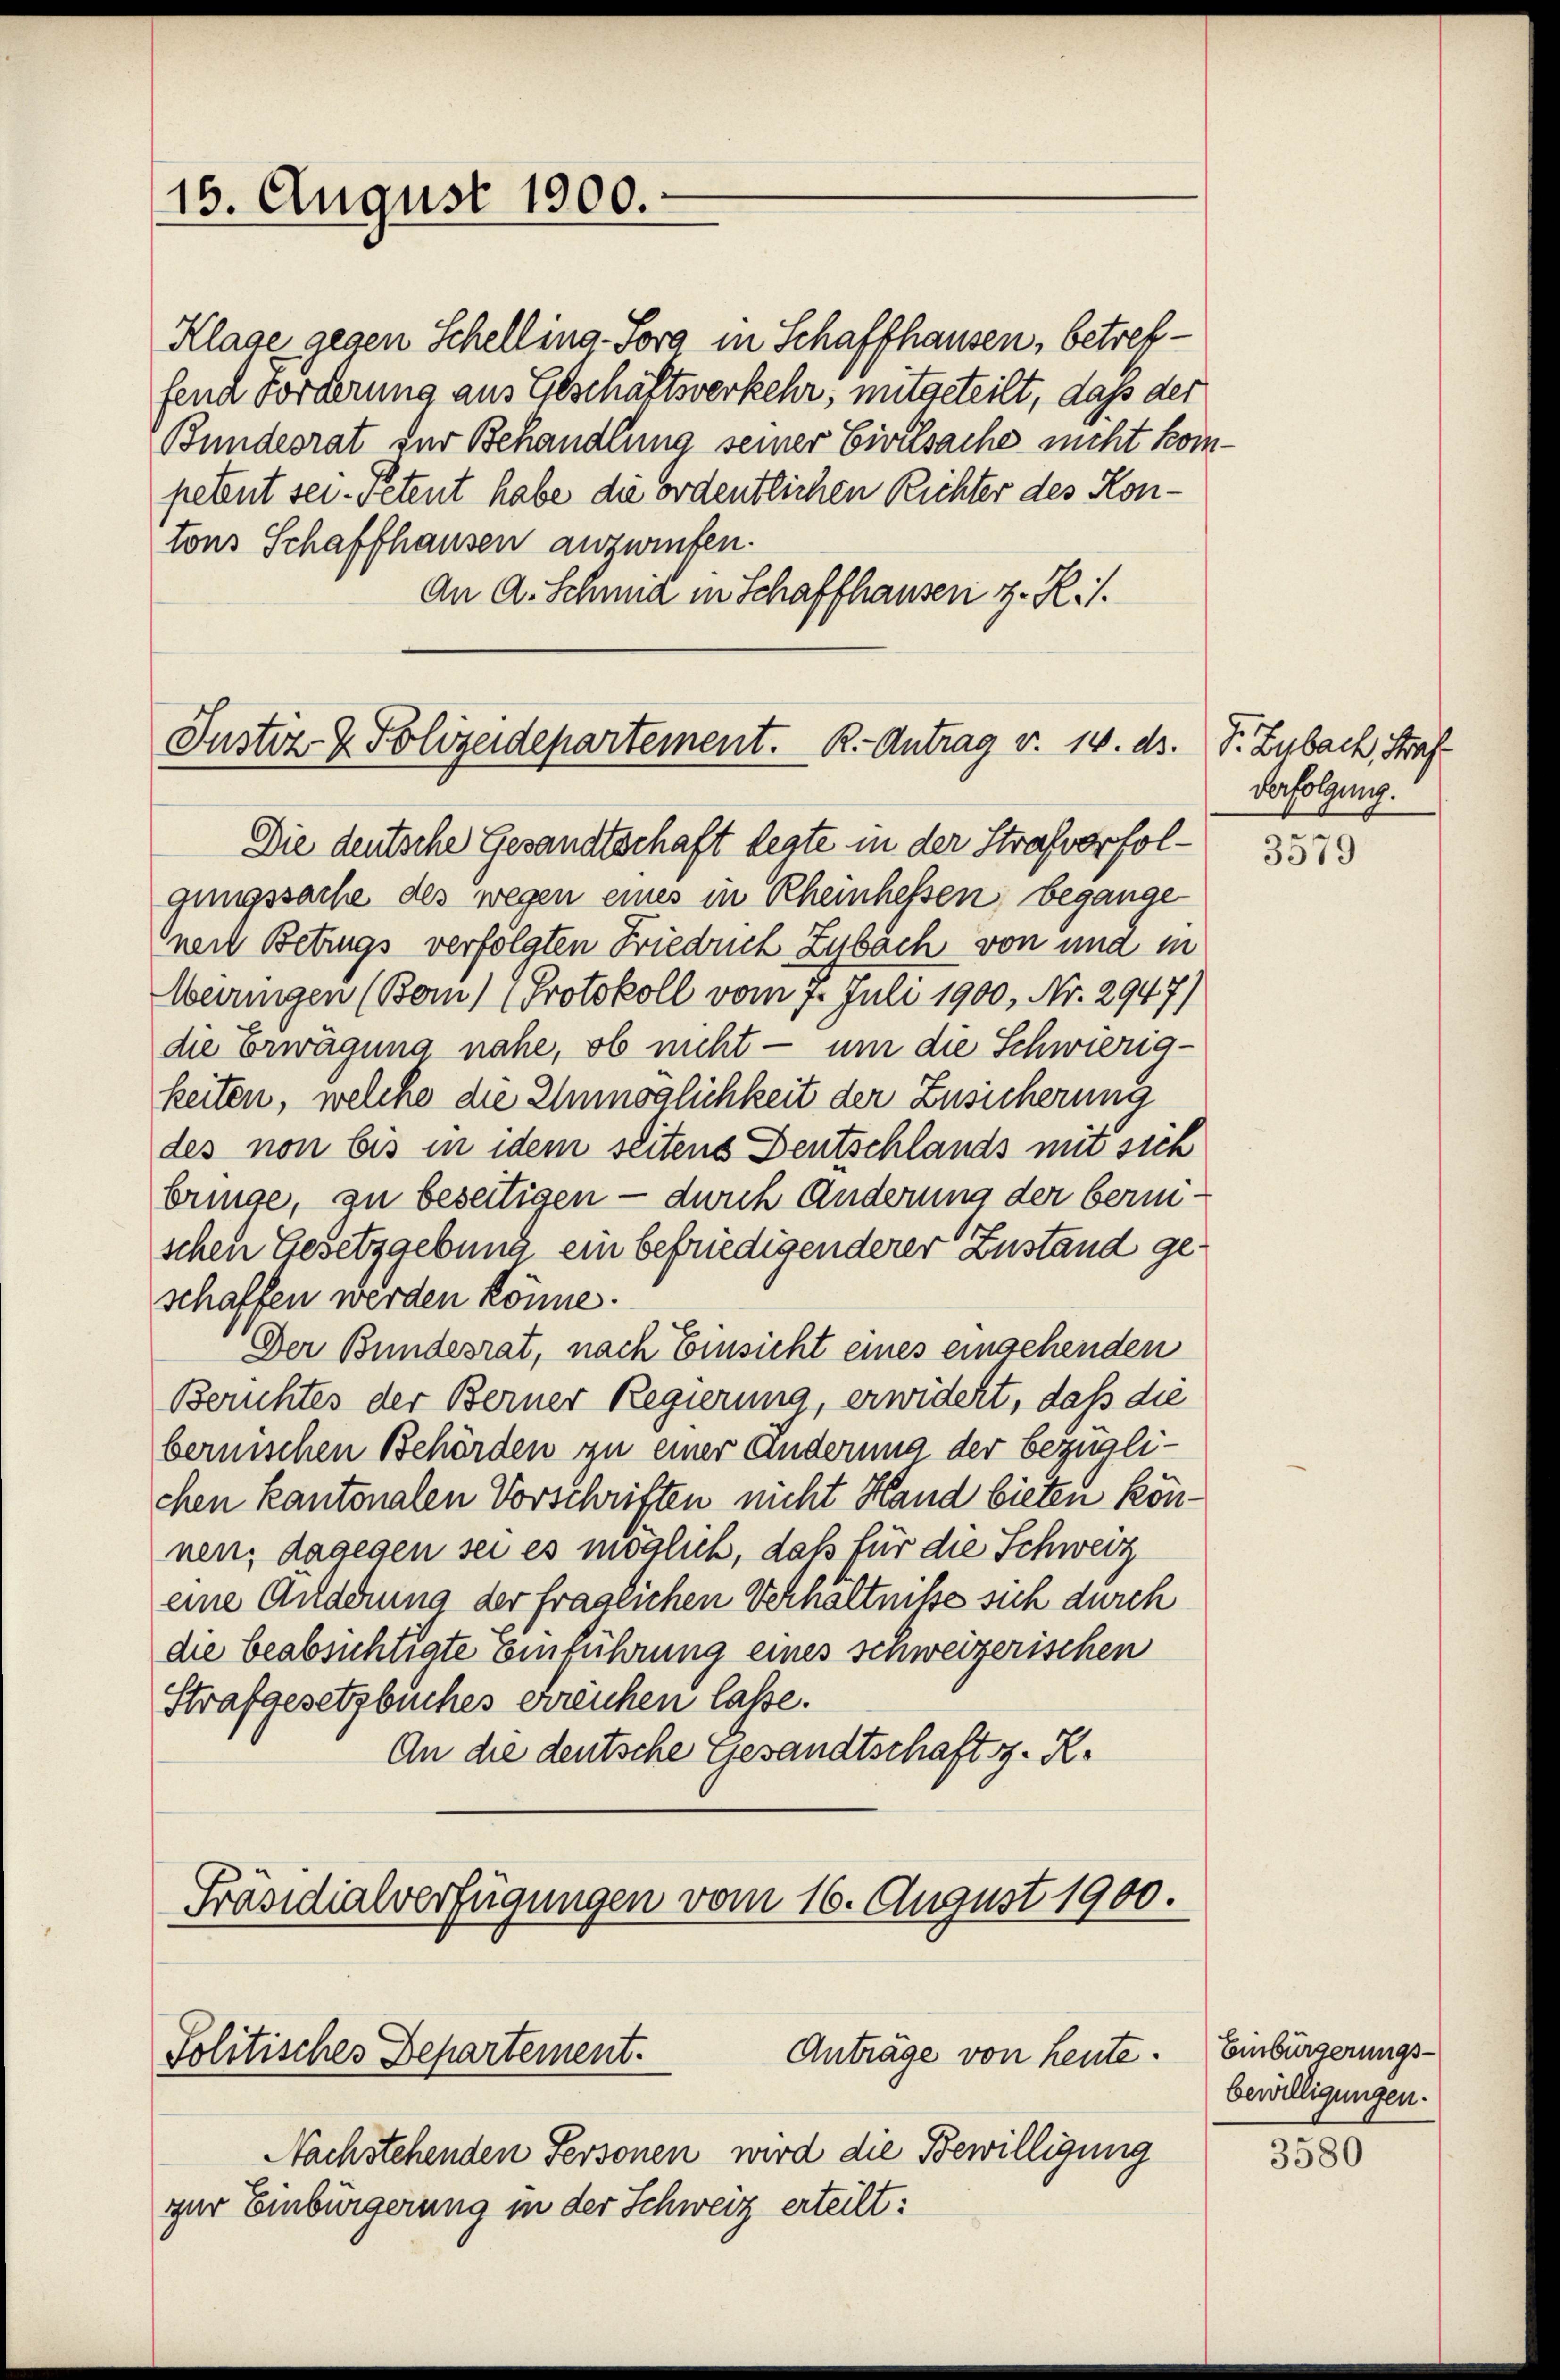
15. August 1900.

Klage gegen Schelling-Sora in Schaffhausen, betreffend Forderung aus Geschäftsverkehr, mitgeteilt, daß der
Bundesrat der Behandlung seiner Civilsache nicht kompetent sei. Petent habe die ordentlichen Richter des Kontons Schaffhausen anzurufen.
An A. Schmid in Schaffhausen z. R./.

Justiz- & Polizeidepartement. R.- Antrag v. 14. ds.
Die deutsche Gesandtschaft legte in der Strafverfol¬

gungssache des wegen eines in Rheinhessen, begange
nei Betrugs verfolgten Friedrich Zybach von und in
Meiringen (Bom) (Protokoll vom 7. Juli 1900, Nr. 2947)
die Erwägung nahe, ob nicht — um die Schwierig-
keiten, welche die Unmöglichkeit der Zusicherung
des non bis in idem seitens Deutschlands mit sich
bringe, zu beseitigen — durch Änderung der berischen Gesetzgebung ein befriedigenderer Zustand geschaffen werden könne.
Der Bundesrat, nach Einsicht eines eingehenden
Berichtes der Berner Regierung, erwidert, daß die
bernischen Behörden zu einer Änderung der bezüglichen kantonalen Vorschriften nicht Hand bieten können; dagegen sei es möglich, daß für die Schweiz
eine Anderung der fraglichen Verhältnisse sich durch
die beabsichtigte Einführung eines schweizerischen
Strafgesetzbuches erreichen lasse.
An die deutsche Gesandtschaft z. R.

Präsidialverfügungen vom 16. August 1900.
Anträge von heute.
Politisches Departement.

Nachstehenden Personen wird die Bewilligung
zur Einbürgerung in der Schweiz erteilt:

F. Zubach, Straf
verfolgung.

3579

Einbürgerungs-
bewilligungen.

3580